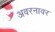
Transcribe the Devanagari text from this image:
अवरनावर